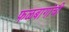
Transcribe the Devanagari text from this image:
फळबागांची